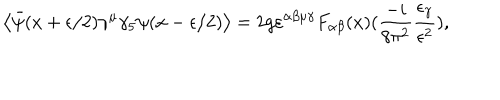
LaTeX: \left\langle \bar { \psi } ( x + \epsilon / 2 ) \gamma ^ { \mu } \gamma _ { 5 } \psi ( x - \epsilon / 2 ) \right\rangle = 2 g \varepsilon ^ { \alpha \beta \mu \gamma } F _ { \alpha \beta } ( x ) ( \frac { - i } { 8 \pi ^ { 2 } } \frac { \epsilon _ { \gamma } } { \epsilon ^ { 2 } } ) ,